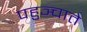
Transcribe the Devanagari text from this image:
पहुञ्चाते